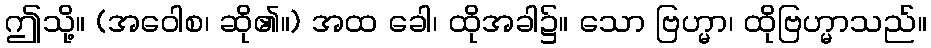
ဤသို့။ (အဝေါစ၊ ဆို၏။) အထ ခေါ၊ ထိုအခါ၌။ သော ဗြဟ္မာ၊ ထိုဗြဟ္မာသည်။